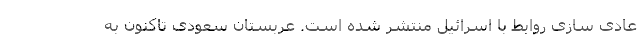
عادی سازی روابط با اسرائیل منتشر شده است. عربستان سعودی تاکنون به